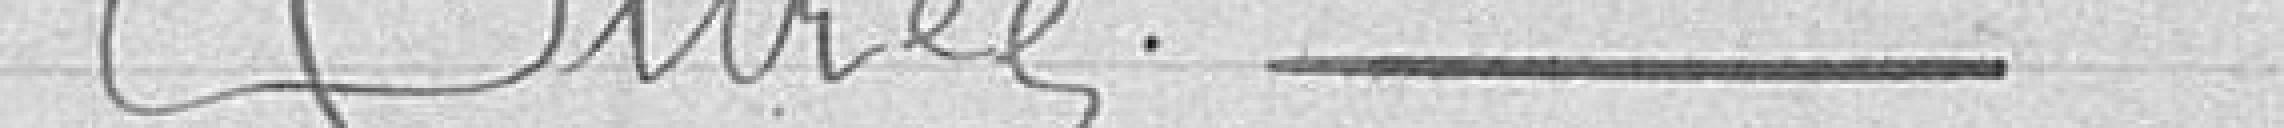
Durée ---------